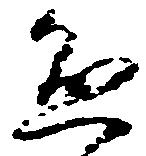
懸